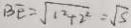
B E = \sqrt { 1 ^ { 2 } + 2 ^ { 2 } } = \sqrt { 5 }